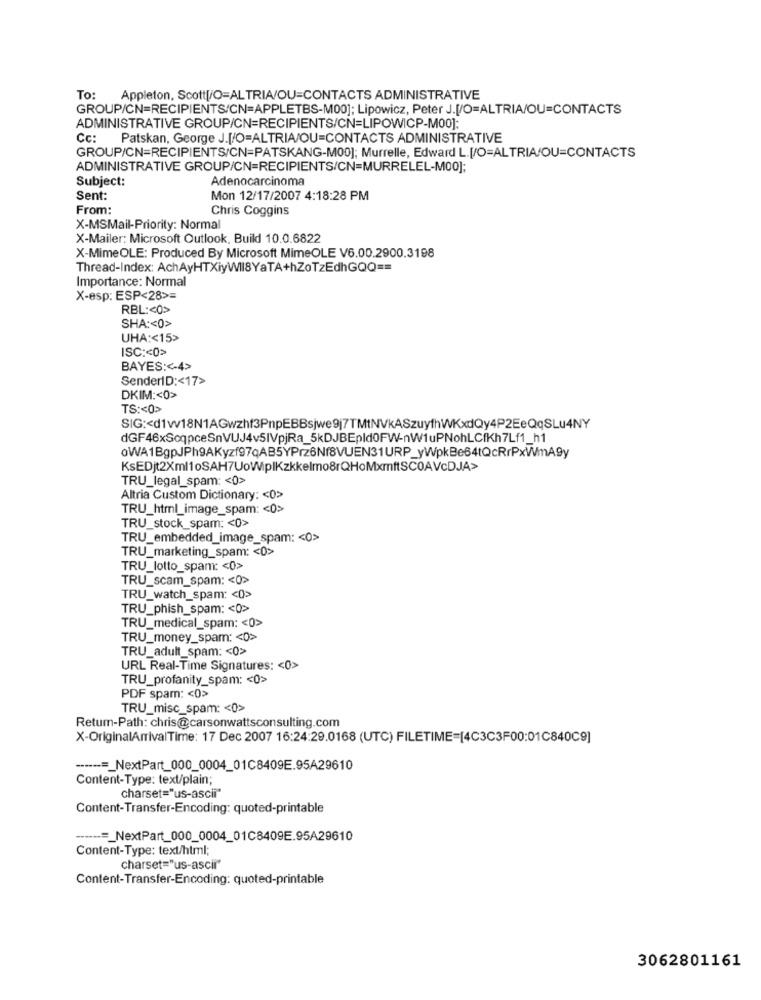
To:
Appleton, Scott[/O=ALTRIA/OU=CONTACTS ADMINISTRATIVE
GROUP/CN=RECIPIENTS/CN=APPLETBS-M00]; Lipowicz, Peter J.[/O=ALTRIA/OU=CONTACTS
ADMINISTRATIVE GROUP/CN=RECIPIENTS/CN=LIPOWICP-M00]:
Cc: Patskan, George J.[/O=ALTRIA/OU=CONTACTS ADMINISTRATIVE
GROUP/CN=RECIPIENTS/CN=PATSKANG-M00]; Murrelle, Edward L.[/O=ALTRIA/OU=CONTACTS
ADMINISTRATIVE GROUP/CN=RECIPIENTS/CN=MURRELEL-M00];
Subject:
Adenocarcinoma
Sent:
Mon 12/17/2007 4:18:28 PM
From:
Chris Coggins
X-MSMail-Priority: Normal
X-Mailer: Microsoft Outlook, Build 10.0.6822
X-MimeOLE: Produced By Microsoft MimeOLE V6.00.2900.3198
Thread-Index: AchAyHTXiyWII8YaTA+hZoTzEdhGQQ ==
Importance: Normal
X-esp: ESP<28>=
RBL :< 0>
SHA :< 0>
UHA :< 15>
ISC :< 0>
BAYES :<- 4>
SenderID :< 17>
DKIM :< 0>
TS :< 0>
SIG :< d1w18N1AGwzhf3PnpEBBsjwe9j7TMtNVKASzuythWKxdQy4P2EeQqSLu4NY
dGF46xScqpceSnVUJ4v5IVpjRa_5kDJBEpld0FW-nWiuPNohLCfKh7Lf1_h1
oWA1BgpJPh9AKyzf97qAB5YPrz6Nf8VUEN31URP_yWpkBe64tQcRrPxWmA9y
KsEDjt2Xml1oSAH7UoWipIKzkkelmo8rQHoMxmftSCOAVcDJA>
TRU_legal_spam: < 0>
Altria Custom Dictionary: < 0>
TRU_html_image_spam: < 0>
TRU_stock_spam: < 0>
TRU_embedded_image_spam: < 0>
TRU_marketing_spam: < 0>
TRU_lotto_spam: < 0>
TRU_scam_spam: < 0>
TRU_watch_spam: < 0>
TRU_phish_spam: < 0>
TRU_medical_spam: < 0>
TRU_money_spam: < p>
TRU_adult_spam: < 0>
URL Real-Time Signatures: < 0>
TRU_profanity_spam: < 0>
PDF spam: < 0>
TRU_misc_spam: < 0>
Return-Path: chris@carsonwattsconsulting.com
X-OriginalArrivalTime: 17 Dec 2007 16:24:29.0168 (UTC) FILETIME=[4C3C3F00:01C840C9]
-----=_ NextPart_000_0004_01C8409E.95A29610
Content-Type: text/plain;
charset="us-ascii"
Content-Transfer-Encoding: quoted-printable
------=_ NextPart_000_0004_01C8409E.95A29610
Content-Type: text/html;
charset="us-ascii"
Content-Transfer-Encoding: quoted-printable
3062801161